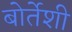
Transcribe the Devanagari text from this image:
बोर्तेशी